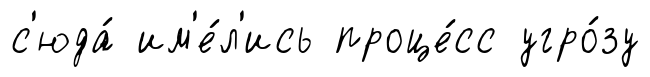
с'юда́ им'е́л'ись проце́сс угро́зу